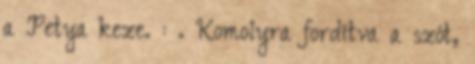
a Petya keze. : . Komolyra fordítva a szót,